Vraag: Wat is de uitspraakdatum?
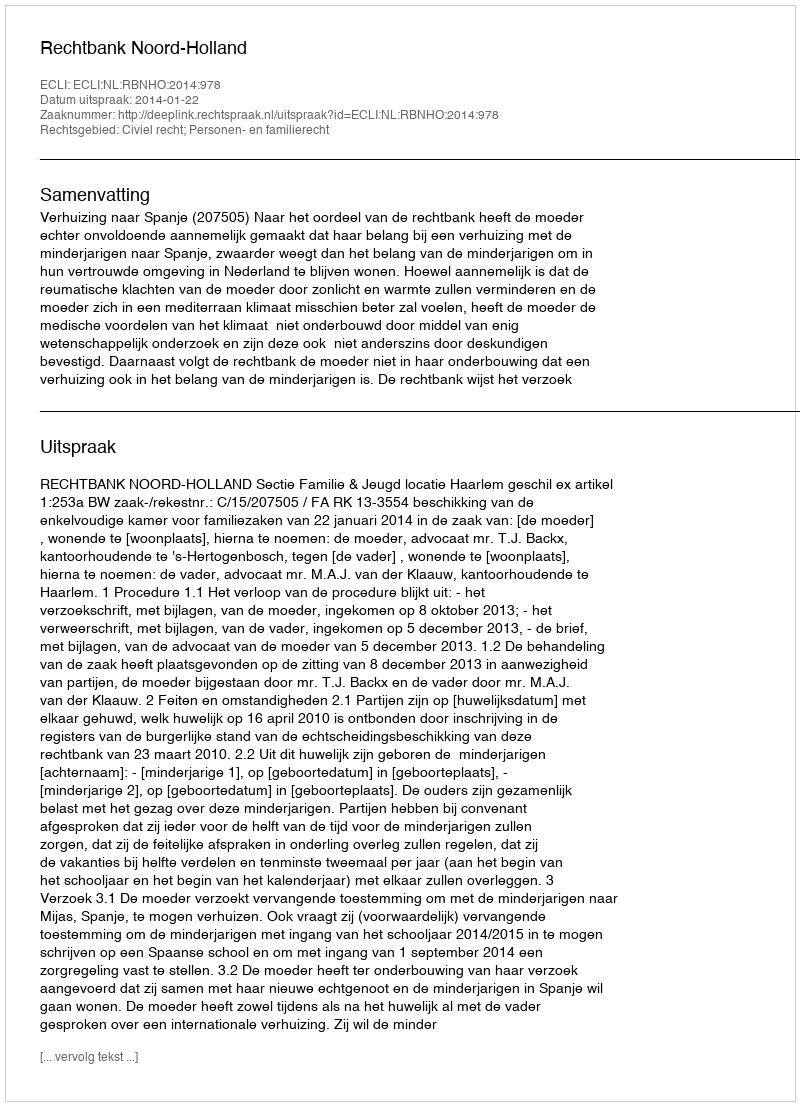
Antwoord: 2014-01-22